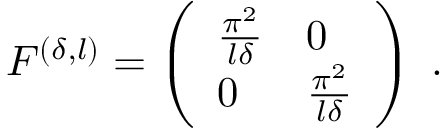
\begin{array} { r } { F ^ { ( \delta , l ) } = \left( \begin{array} { l l } { \frac { \pi ^ { 2 } } { l \delta } } & { 0 } \\ { 0 } & { \frac { \pi ^ { 2 } } { l \delta } } \end{array} \right) \; . } \end{array}